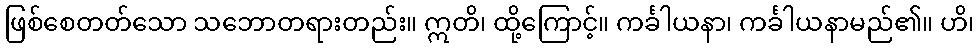
ဖြစ်စေတတ်သော သဘောတရားတည်း။ ဣတိ၊ ထို့ကြောင့်။ ကင်္ခါယနာ၊ ကင်္ခါယနာမည်၏။ ဟိ၊